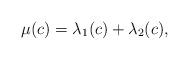
LaTeX: \begin{align*} \mu(c)=\lambda_1(c)+\lambda_2(c),\end{align*}